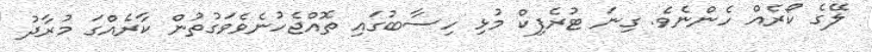
ލޭގެ ކޯރެއް ހެންނެވެ. ގިނަ ޓުރެފިކް މުޅި ހިސާބުގައި ތޮއްޖެހުނެވެވަގުތުން ކާރެއްގަ މުރާދު